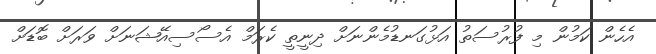
އެހެން ކަމުން މި ފުރުސަތު އަޅުގަނޑުމެންނަށް ދިނީތީ ކެރަމް އެސޯސިއޭޝަނަށް ވަރަށް ބޮޑަށް